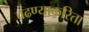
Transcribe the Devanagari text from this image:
चढण्याकरिता